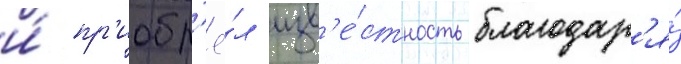
и́ пр'иобр'ё́л изв'е́стность благодар'я́